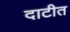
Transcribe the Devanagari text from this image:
दाटीत